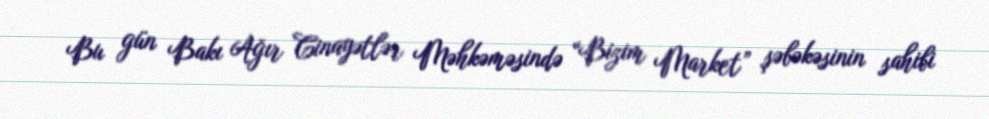
Bu gün Bakı Ağır Cinayətlər Məhkəməsində “Bizim Market” şəbəkəsinin sahibi